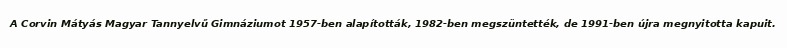
A Corvin Mátyás Magyar Tannyelvű Gimnáziumot 1957-ben alapították, 1982-ben megszüntették, de 1991-ben újra megnyitotta kapuit.